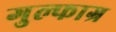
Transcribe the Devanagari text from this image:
गुल्फाग्र